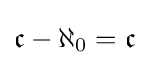
{\mathfrak {c}}-\aleph _{0}={\mathfrak {c}}